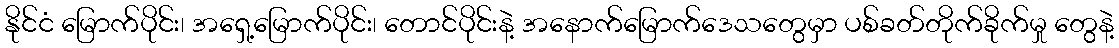
နိုင်ငံ မြောက်ပိုင်း၊ အရှေ့မြောက်ပိုင်း၊ တောင်ပိုင်းနဲ့ အနောက်မြောက်ဒေသတွေမှာ ပစ်ခတ်တိုက်ခိုက်မှု တွေနဲ့